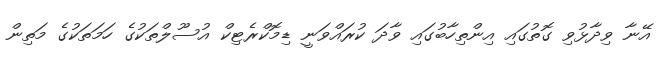
އޭނާ ވިދާޅުވި ގޮތުގައި އިންތިހާބުގައި ވާދަ ކުރައްވަނީ ޑިމޮކްރެޓިކް އުސޫލްތަކުގެ ހަމަތަކުގެ މަތިން